Vital statistics of India. Vol. IV, Annual returns from 1871 to 1876. British Army of India, Native Army and jails of Bengal
Year: 1871
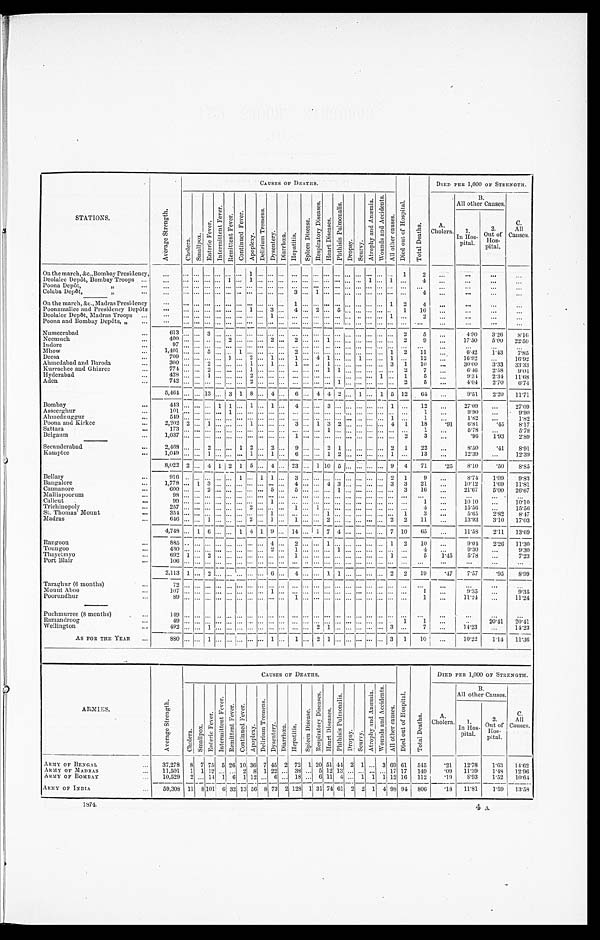
STATIONS.
A v e r a g e S t r e n g t h .
CAUSES OF DEATHS.
D i e d o u t o f H o s p i t a l .
T o t a l D e a t h s .
DIED PER 1,000 OF STRENGTH.
Chol e r a .
S ma l l p o x .
E n t e r i c F e v e r .
I n t e r m i t t e n t F e v e r . R e m i t t e n t F e v e r .
C o n t i n u e d F e v e r .
Ap o p l e x y .
D e l i r i u m T r e m e n s .
D y s e n t e r y .
Di a r r h œa . H e p a t i t i s .
S p l e e n D i s e a s e .
R e s p i r a t o r y D i s e a s e s .
H e a r t D i s e a s e s .
P h t h i s i s P u l m o n a l i s .
Dr o p s y . Sc ur vy.
A t r o p h y a n d A n æ m i a .
W o u n d s a n d A c c i d e n t s .
A l l o t h e r C a u s e s .
A.
Cholera.
B. All other Causes.
c.
All
Causes.
1.
In Hos-
pital.
2.
Out of
Hos-
pital.
On the march, &c., Bombay Presidency,
. . . . . .
. . .. . .. . .. . .. . .
1
. . .. . . . . .
. . . . . .
. . .. . .. . .. . .. . .. . .. . .. . . 1
2 . . .
. . .
. . .
. . .
. . .
. . .
. . .. . .. . .1 . . .1 . . .. . . . . .
. . . . . .
. . .. . .. . .. . .. . . 1 . . . 1 . . .
4 . . .
. . . . . .
. . .
Deolalee Depôt, Bombay Troops . . .
Poona Depôt, " . . .
. . . . . . . . .. . .. . .. . . . . . . . .. . . . . .
. . .
. . . . . .
. . . . . . . . . . . . . . . . . . . . . . . . . . . . . .
. . .
. . .
. . . . . .
Colaba Depôt, " . . .
. . . . . . . . .. . .. . . . . . . . . . . .. . . . . .
. . .
. . . 3 . . .1 . . .. . .. . . . . . . . . . . . . . .
4
. . . . . .
. . .
. . .
On the march, &c., Madras Presidency
. . . . . .
. . .. . .. . .. . .. . .. . .. . . . . . . . .
1
. . .
. . .. . .. . .. . .. . .. . .. . .1 2
4
. . . . . .
. . . . . .
Poonamallee and Presidency Depôts
. . .
. . .
. . .. . .. . .. . .. . .1 . . . 3 . . .
4
. . .
2 . . .5 . . .. . .. . .. . .. . .
1
1 6 . . .
. . .
. . . . . .
Deolalee Depôt, Madras Troops . . .
. . . . . . . . . . . .. . .. . .. . .. . .. . . 1 . . .
. . . . . .
. . .. . .. . .. . .. . .. . .. . .1
. . .
2 . . . . . .
. . .
. . .
Poona and Bombay Depôts, " . . .
. . . . . . . . .. . .. . . . . . . . . . . .. . . . . . . . . . . . . . .
. . .. . . . . . . . .. . . . . . . . . . . . . . . . . .
. . .
. . .
. . . . . .
Nusseerabad . . .
6 1 3 . . .
. . .3 . . . . . . . . .. . .. . . . . . . . . . . . . . .
. . .. . .. . . . . . . . . . . . . . .. . . 2
5
. . .
4 . 9 0 3.26 8. 16
Neemuch . . .
4 0 0 . . .
. . .. . .. . .2 . . .. . .. . . 2 . . . 2
. . .
. . .1 . . .. . .. . .. . .. . .. . .
2
9 . . . 17.50
5.00 22.50
Indore . . .
9 7
. . . . . .. . . . . . . . . . . . . . .. . . . . . . . . . . . . . .
. . . . . .. . . . . . . . . . . . . . . . . .
. . . . . .
. . .
. . .
. . . . . .
Mhow . . .
1,401 . . . . . . 5 . . .. . .1 . . .. . .. . . . . . 2
. . .
. . .. . .. . .. . .. . .. . .. . . 1 2
11
. . . 6.42 1.43
7. 85
Deesa . . .
709 . . . . . . . . .. . .1 . . .2 . . .1
. . . 1
. . .
4 1 . . .. . .1 . . .. . .1
. . .
1 2 . . . 16.92
. . . 16.92
Ahmedabad and Baroda . . .
300 . . . . . .2 . . .. . .. . .1 . . .1
. . . 1
. . .
. . .1 . . .. . .. . .. . .. . .3
1
1 0 . . . 30.00 3.33 33.33
Kurrachee and Ghizree . . .
774 . . . . . . 2 . . .. . .. . . 1 . . . . . . . . . . . . . . . . . . 1 1 . . .. . .. . .. . .. . . 2
7 . . . 6.46
2.58
9.04
Hyderabad . . .
4 2 8 . . . . . .1 . . .. . .. . .2 . . .. . . . . . . . . . . .
. . .. . .. . .. . .. . .. . .1 . . .
1 5
. . .
9.34 2.34 11.68
Aden . . .
7 4 2 . . . . . .. . .. . .. . .. . .2 . . .. . . . . . . . . . . .
. . .. . .1 . . .. . .. . .. . .. . .
2 5
. . .
4.04 2.70
6 . 7 4
5,464
. . .
. . . 13. . .
3
1 8 . . . 4
. . . 6 . . . 4 4 2 . . . 1 . . . 1 5 12
64
. . .
9.51
2.20 11.71
Bombay . . .
4 4 3 . . .
. . . . . . 1 1 . . . 1 . . .1
. . . 4 . . .
. . .3 . . .. . .. . .. . .. . .1
. . .
1 2 . . . 27.09
. . . 27.09
Asseerghur . . .
1 0 1 . . .
. . .. . .. . .1 . . .. . .. . .. . . . . . . . . . . .
. . .. . .. . .. . .. . .. . .. . .. . .
. . .
1
. . .
9.90
. . .
9.90
Ahmednuggur . . .
5 4 9 . . .
. . .. . .. . .. . .. . .. . .. . .. . . . . . . . . . . .
. . .. . .. . . . . . . . . . . .. . . 1
. . . 1
. . . 1.82
. . .
1.82
Poona and Kirkee . . .
2,202 2 . . . 1 . . .. . .. . .1 . . .. . . . . . 3 . . .
1 3 2 . . . . . . . . .. . . 4 1
18
.91
6.81
.45
8.17
Sattara . . .
1 7 3 . . .
. . .. . .. . .. . .. . .. . .. . .. . . . . . . . . . . .
. . .1 . . .. . .. . .. . .. . .. . .
. . . 1 . . .
5.78
. . .
5.78
Belgaum . . .
1 , 0 3 7 . . .
. . .. . .. . .. . .. . .. . .. . .. . . . . . 1 . . .
. . .. . .. . .. . .. . .. . .. . .. . .
2 3
. . .
.96 1.93
2.89
Secunderabad . . .
2,468 . . . . . .2 . . .. . .1 2 . . .2
. . . 9 . . .
. . .2 1 . . .. . .. . .. . .2
1
2 2 . . . 8.50
.41
8.91
Kamptee . . .
1 , 0 4 9 . . .
. . .1 . . .. . .. . .1 . . .1
. . . 6 . . .
. . .1 2 . . .. . .. . .. . .1
. . .
1 3 . . . 12.39
. . . 12.39
8,022 2 . . . 4 1 2 1 5 . . . 4
. . . 23 . . . 1 10 5 . . .. . . . . .. . . 9 4
71
.25
8.10
.50
8.85
Bellary . . .
9 1 6 . . .
. . . . . . . . . . . .1 . . .1 1
. . . 3
. . . . . .. . . . . .. . . . . . . . . . . . 2 1
9 . . .
8.74 1.09
9.83
Bangalore . . .
1 , 7 7 8 . . .
1 3 . . .. . .. . .. . .. . .. . . . . . 4 . . .
. . .4 3 . . .. . .. . .. . .3
3
2 1
. . .
10.12
1.69 11.81
Cannanore . . .
6 0 0 . . .
. . .2 . . .. . .. . .. . .. . .5
. . . 5 . . .
. . .. . .1 . . .. . .. . .. . .. . .
3
1 6
. . .
21.67
5.00 26.67
Malliapoorum . . .
9 8 . . .
. . .. . .. . .. . .. . .. . .. . .. . . . . . . . . . . .
. . .. . .. . .. . .. . .. . .. . .. . .
. . .
. . .
. . .
. . .
. . . . . .
Calicut . . .
9 9 . . .
. . .. . .. . .. . . . . . . . .. . .1
. . . . . . . . .
. . .. . .. . .. . .. . .. . .. . .. . .
. . . 1
. . .
10 10
. . . 10.10
Trichinopoly . . .
2 5 7 . . .
. . .. . .. . .. . .. . .2 . . .. . . . . . 1 . . .
1 . . .. . .. . .. . .. . .. . .. . .
. . .
4 . . . 15.56
. . . 15.56
St. Thomas Mount . . .
354 . . .. . . . . . . . .. . .. . .. . .. . .1
. . . . . . . . .
. . .1 . . .. . .. . . . . .. . .. . . 1
3
. . .
5.65
2.82
8. 47
Madras . . .
646 . . .. . . 1 . . .. . .. . .2 . . .1
. . . 1 . . .
. . .2 . . . . . . . . .. . .. . .2 2
11
. . . 13.93
3.10 17.03
4,748 . . .
1 6 . . .. . .
1 4 1 9 . . . 14 . . . 1 7 4 . . . . . . . . . . . . 7 10
65
. . .
11.58 2.11 13.69
Rangoon . . .
8 8 5 . . . . . .. . .. . .. . .. . . . . . . . .4
. . . 2
. . .
. . .1 . . .. . .. . . . . .. . .1
2
1 0 . . . 9.04
2.26 11.30
Toungoo . . .
4 3 0 . . .
. . .. . .. . .. . .. . .. . .. . .2
. . . 1
. . .
. . .. . .1 . . .. . .. . .. . .. . . . . .
4
. . .
9.30
. . .
9.30
Thayetmyo . . .
692 1 . . .2 . . .. . .. . .. . .. . .. . . . . . 1
. . .
. . .. . .. . .. . .. . .. . .. . .1
. . .
5
1.45
5.78
. . .
7.23
Port Blair . . .
106 . . . . . . . . . . . . . . . . . .. . .. . .. . . . . . . . . . . . . . . . . . . . . . . . . . . . . . . . . . . .
. . .
. . .
. . .
. . .
. . . . . .
2,113 1
. . . 2
. . .. . .. . . . . . . . . 6 . . . 4 . . . . . . 1 1 . . . . . . . . . . . . 2 2
19
.47
7.57
.95
8.99
Taraghur (6 months) . . .
72 . . .
. . . . . .. . .. . .. . . . . . . . . . . . . . . . . . . . . . . .
. . . . . . . . .. . .. . . . . . . . . . . . . . .
. . .
. . .
. . . . . .
Mount Aboo . . .
107 . . . . . . . . .. . .. . .. . .. . .. . .1
. . . . . . . . .
. . .. . .. . .. . .. . .. . .. . . . . .
. . . 1
. . .
9.35
. . .
9 . 3 5
Poorundhur . . .
8 9 . . .
. . .. . .. . .. . .. . .. . .. . .. . . . . . 1
. . .
. . .. . .. . .. . .. . .. . . . . . . . . . . .
1 . . . 11.24
. . . 11.24
Puchmur r ee ( 8 mont hs ) . . .
149
. . .
. . .. . .. . .. . .. . .. . .. . .. . . . . . . . .
. . .
. . . . . . . . . . . . . . . . . . . . . . . .
. . .
. . . . . .
. . .
. . . . . .
Ramandroog . . .
4 9 . . .
. . .. . .. . .. . .. . .. . .. . .. . . . . . . . . . . .
. . .. . .. . . . . . . . . . . . . . . . . . 1
1
. . .
. . .
20.41 20.41
Wellington . . .
4 9 2 . . .
. . .1 . . .. . .. . .. . .. . .. . . . . . . . . . . .
2 1 . . .. . .. . .. . .. . .3
. . .
7 . . . 14.23
. . . 14.23
AS FOR THE YEAR . . .
880 . . . . . . 1 . . . . . . . . . . . . . . . 1 . . . 1 . . . 2 1 . . . . . . . . . . . . . . . 3 1
10
. . .
10.22
1.14 11.36
ARMIES.
A v e r a g e S t r e n g t h .
CAUSES OF DEATHS.
D i e d o u t o f H o s p i t a l .
T o t a l D e a t h s .
DIED PER 1,000 OF STRENGTH.
C h o l e r a .
S m a l l p o x .
E n t e r i c F e v e r .
I n t e r m i t t e n t F e v e r .
R e m i t t e n t F e v e r .
C o n t i n u e d F e v e r .
A p o p l e x y .
D e l i r i u m T r e m e n s .
D y s e n t e r y . D i a r r h œ a . H e p a t i t i s .
S p l e e n D i s e a s e .
R e s p i r a t o r y D i s e a s e s .
H e a r t D i s e a s e s .
P h t h i s P u l m o n a l i s .
D r o p s y . S c u r v y .
A t r o p h y a n d A n æ m i a .
W o u n d s a n d A c c i d e n t s .
A l l o t h e r C a u s e s .
A.
Cholera.
B.
All other Causes.
C .
All
Causes.
1
In Hos-
pital.
2.
Out of
Hos-pi t al .
ARMY OF BENGAL . . .
37,278 8 7 75 5 26 10 36 7 45 2 72 1 20 51 44 2 1 . . . 3 69 61 545
.21 12.78
1.63 14.62
ARMY OF MADRAS . . .
11,501 1 1 12 . . . . . . 2 8 1 22 . . . 38 . . . 5 12 13 . . . . . . . . . . . . 17 17 149
.09 11.39
1.48 12.96
ARMY OF BOMBAY . . .
10,529 2 . . . 14 1 6 1 12 . . . 6 . . . 18 . . . 6 11 4 . . . 1 1 1 12 16 112
. 1 9
8 . 9 3
1 . 5 2
1 0 . 6 4
ARMY OF INDIA . . .
59,308 11 8 101 6 32 13 56 8 73 2 128 1 3 1 74 61 2 2 1 4 98 94 806
.18 11.81 1.59
1 3 . 5 8
1874.
4 A